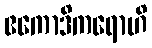
ဧကောဒိကရောဟိ